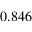
0 . 8 4 6